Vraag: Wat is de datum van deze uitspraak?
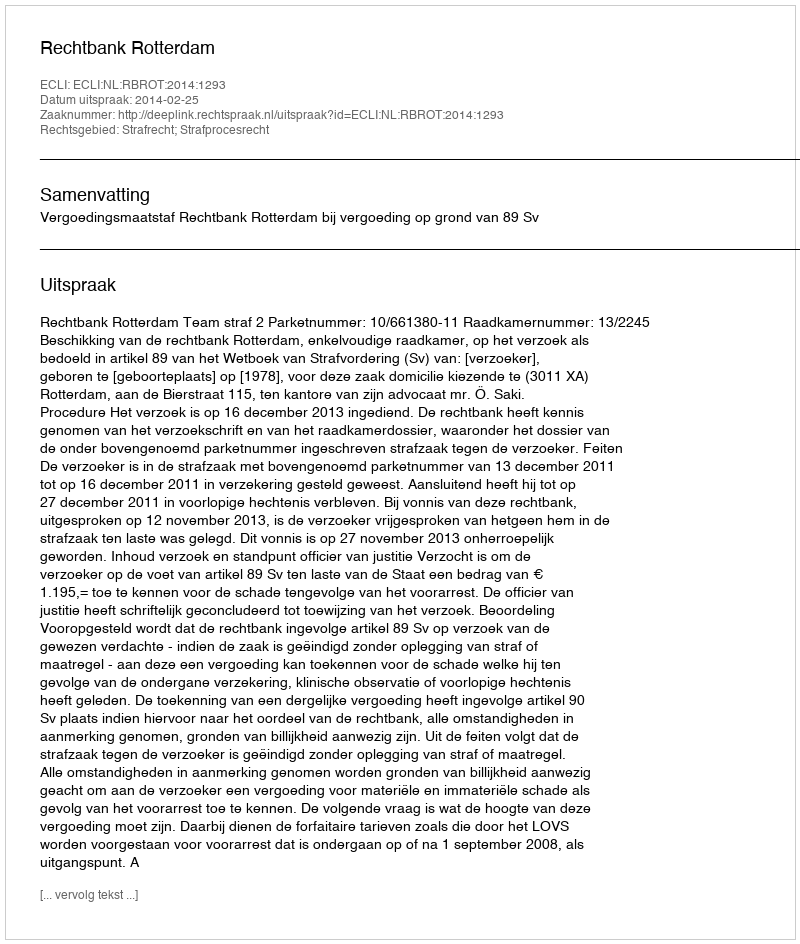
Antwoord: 2014-02-25